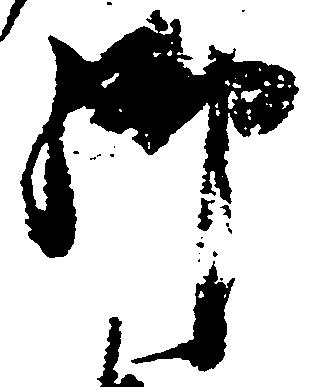
御